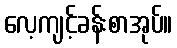
လေ့ကျင့်ခန်းစာအုပ်။